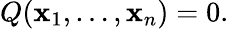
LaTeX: Q(\mathbf{x}_{1},\ldots,\mathbf{x}_{n})=0.